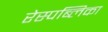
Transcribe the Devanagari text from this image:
रेस्पब्लिका